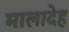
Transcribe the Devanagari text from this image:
मालादेह